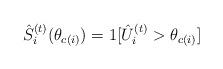
LaTeX: \begin{align*}\hat S^{(t)}_i(\theta_{c(i)}) = 1[\hat U_i^{(t)}>\theta_{c(i)}]\end{align*}